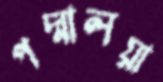
পদ্মালয়া